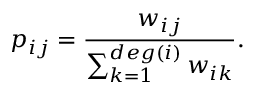
p _ { i j } = \frac { w _ { i j } } { \sum _ { k = 1 } ^ { d e g ( i ) } w _ { i k } } .